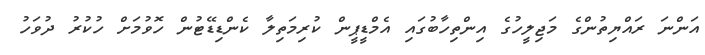
އަންނަ ރައްޔިތުންގެ މަޖިލީހުގެ އިންތިހާބުގައި އެމްޑީޕީން ކުރިމަތިލާ ކެންޑިޑޭޓުން ހޮވުމަށް ހުކުރު ދުވަހު